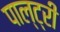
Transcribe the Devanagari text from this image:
पाल्ट्री